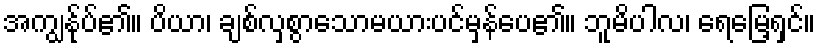
အကျွန်ုပ်၏။ ပိယာ၊ ချစ်လှစွာသောမယားပင်မှန်ပေ၏။ ဘူမိပါလ၊ ရေမြေ့ရှင်။